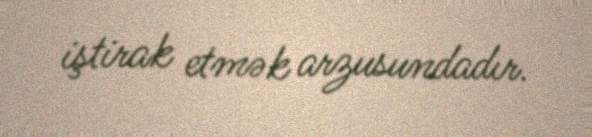
iştirak etmək arzusundadır.